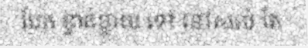
បែក ខ្ចាត់ខ្ចាយ ទៅ នៅសល់ តែ